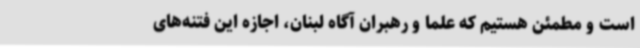
است و مطمئن هستیم که علما و رهبران آگاه لبنان، اجازه این فتنه‌های